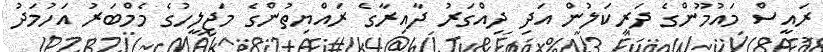
ރައީސް މައުމޫންގެ ދަރިކަލުން އަދި ދިއްގަރު ދާއިރާގެ ރައްޔިތުންގެ މަޖިލީހުގެ މެމްބަރު އަހުމަދު